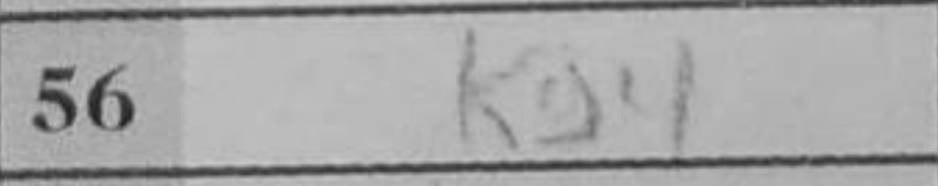
Transcription: Kg4